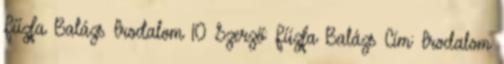
Fűzfa Balázs Irodalom 10 Szerző: Fűzfa Balázs Cím: Irodalom